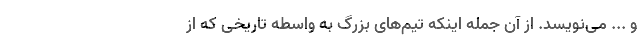
و ... می‌نویسد. از آن جمله اینکه تیم‌های بزرگ به واسطه تاریخی که از